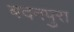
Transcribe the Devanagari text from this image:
बदनपुरा